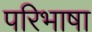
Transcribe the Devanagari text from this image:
परिभाषा